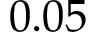
0 . 0 5